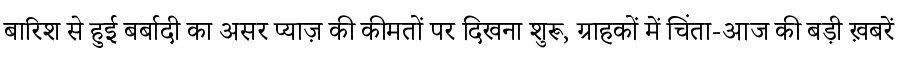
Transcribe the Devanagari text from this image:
बारिश से हुई बर्बादी का असर प्याज़ की कीमतों पर दिखना शुरू, ग्राहकों में चिंता-आज की बड़ी ख़बरें